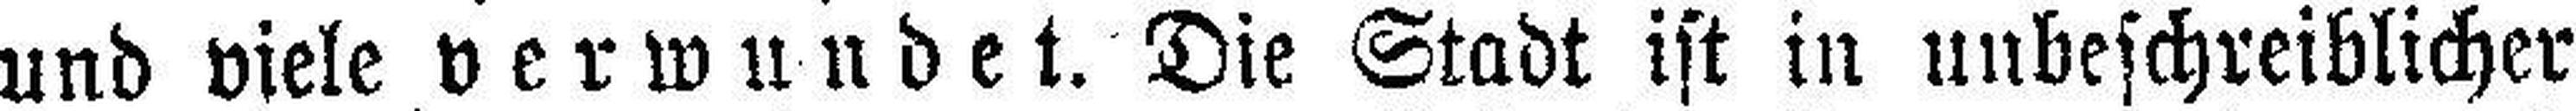
und viele verwundet. Die Stadt ist in unbeschreiblicher